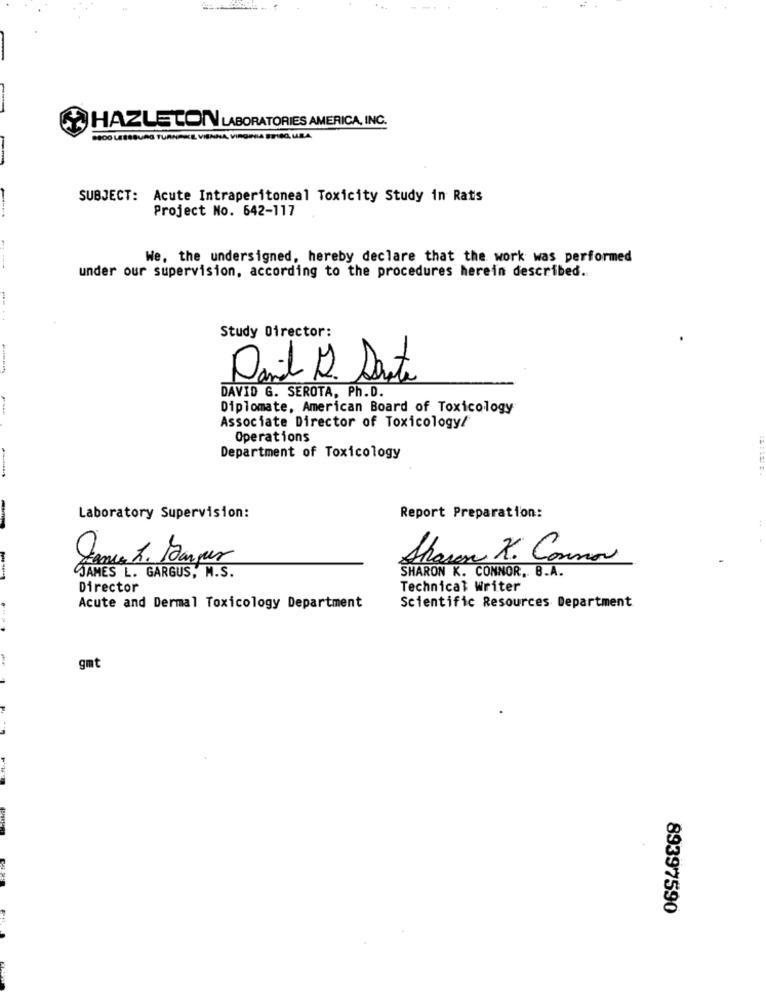
HAZLETON LABORATORIES AMERICA, INC.
1800 LEGABURG TURNPIKE
SUBJECT: Acute Intraperitoneal Toxicity Study in Rats
Project No. 642-117
We, the undersigned, hereby declare that the work was performed
---
under our supervision, according to the procedures herein described.
Study Director:
David S. Sante
DAVID G. SEROTA, Ph.D.
Diplomate, American Board of Toxicology
Associate Director of Toxicology/
Operations
Department of Toxicology
-
Laboratory Supervision:
Report Preparation:
Janne A. Sarges
Sharon K. Connor
SHARON K. CONNOR. B.A.
JAMES L. GARGUS, M.S.
Director
Technical Writer
Scientific Resources Department
Acute and Dermal Toxicology Department
gmt
89397590